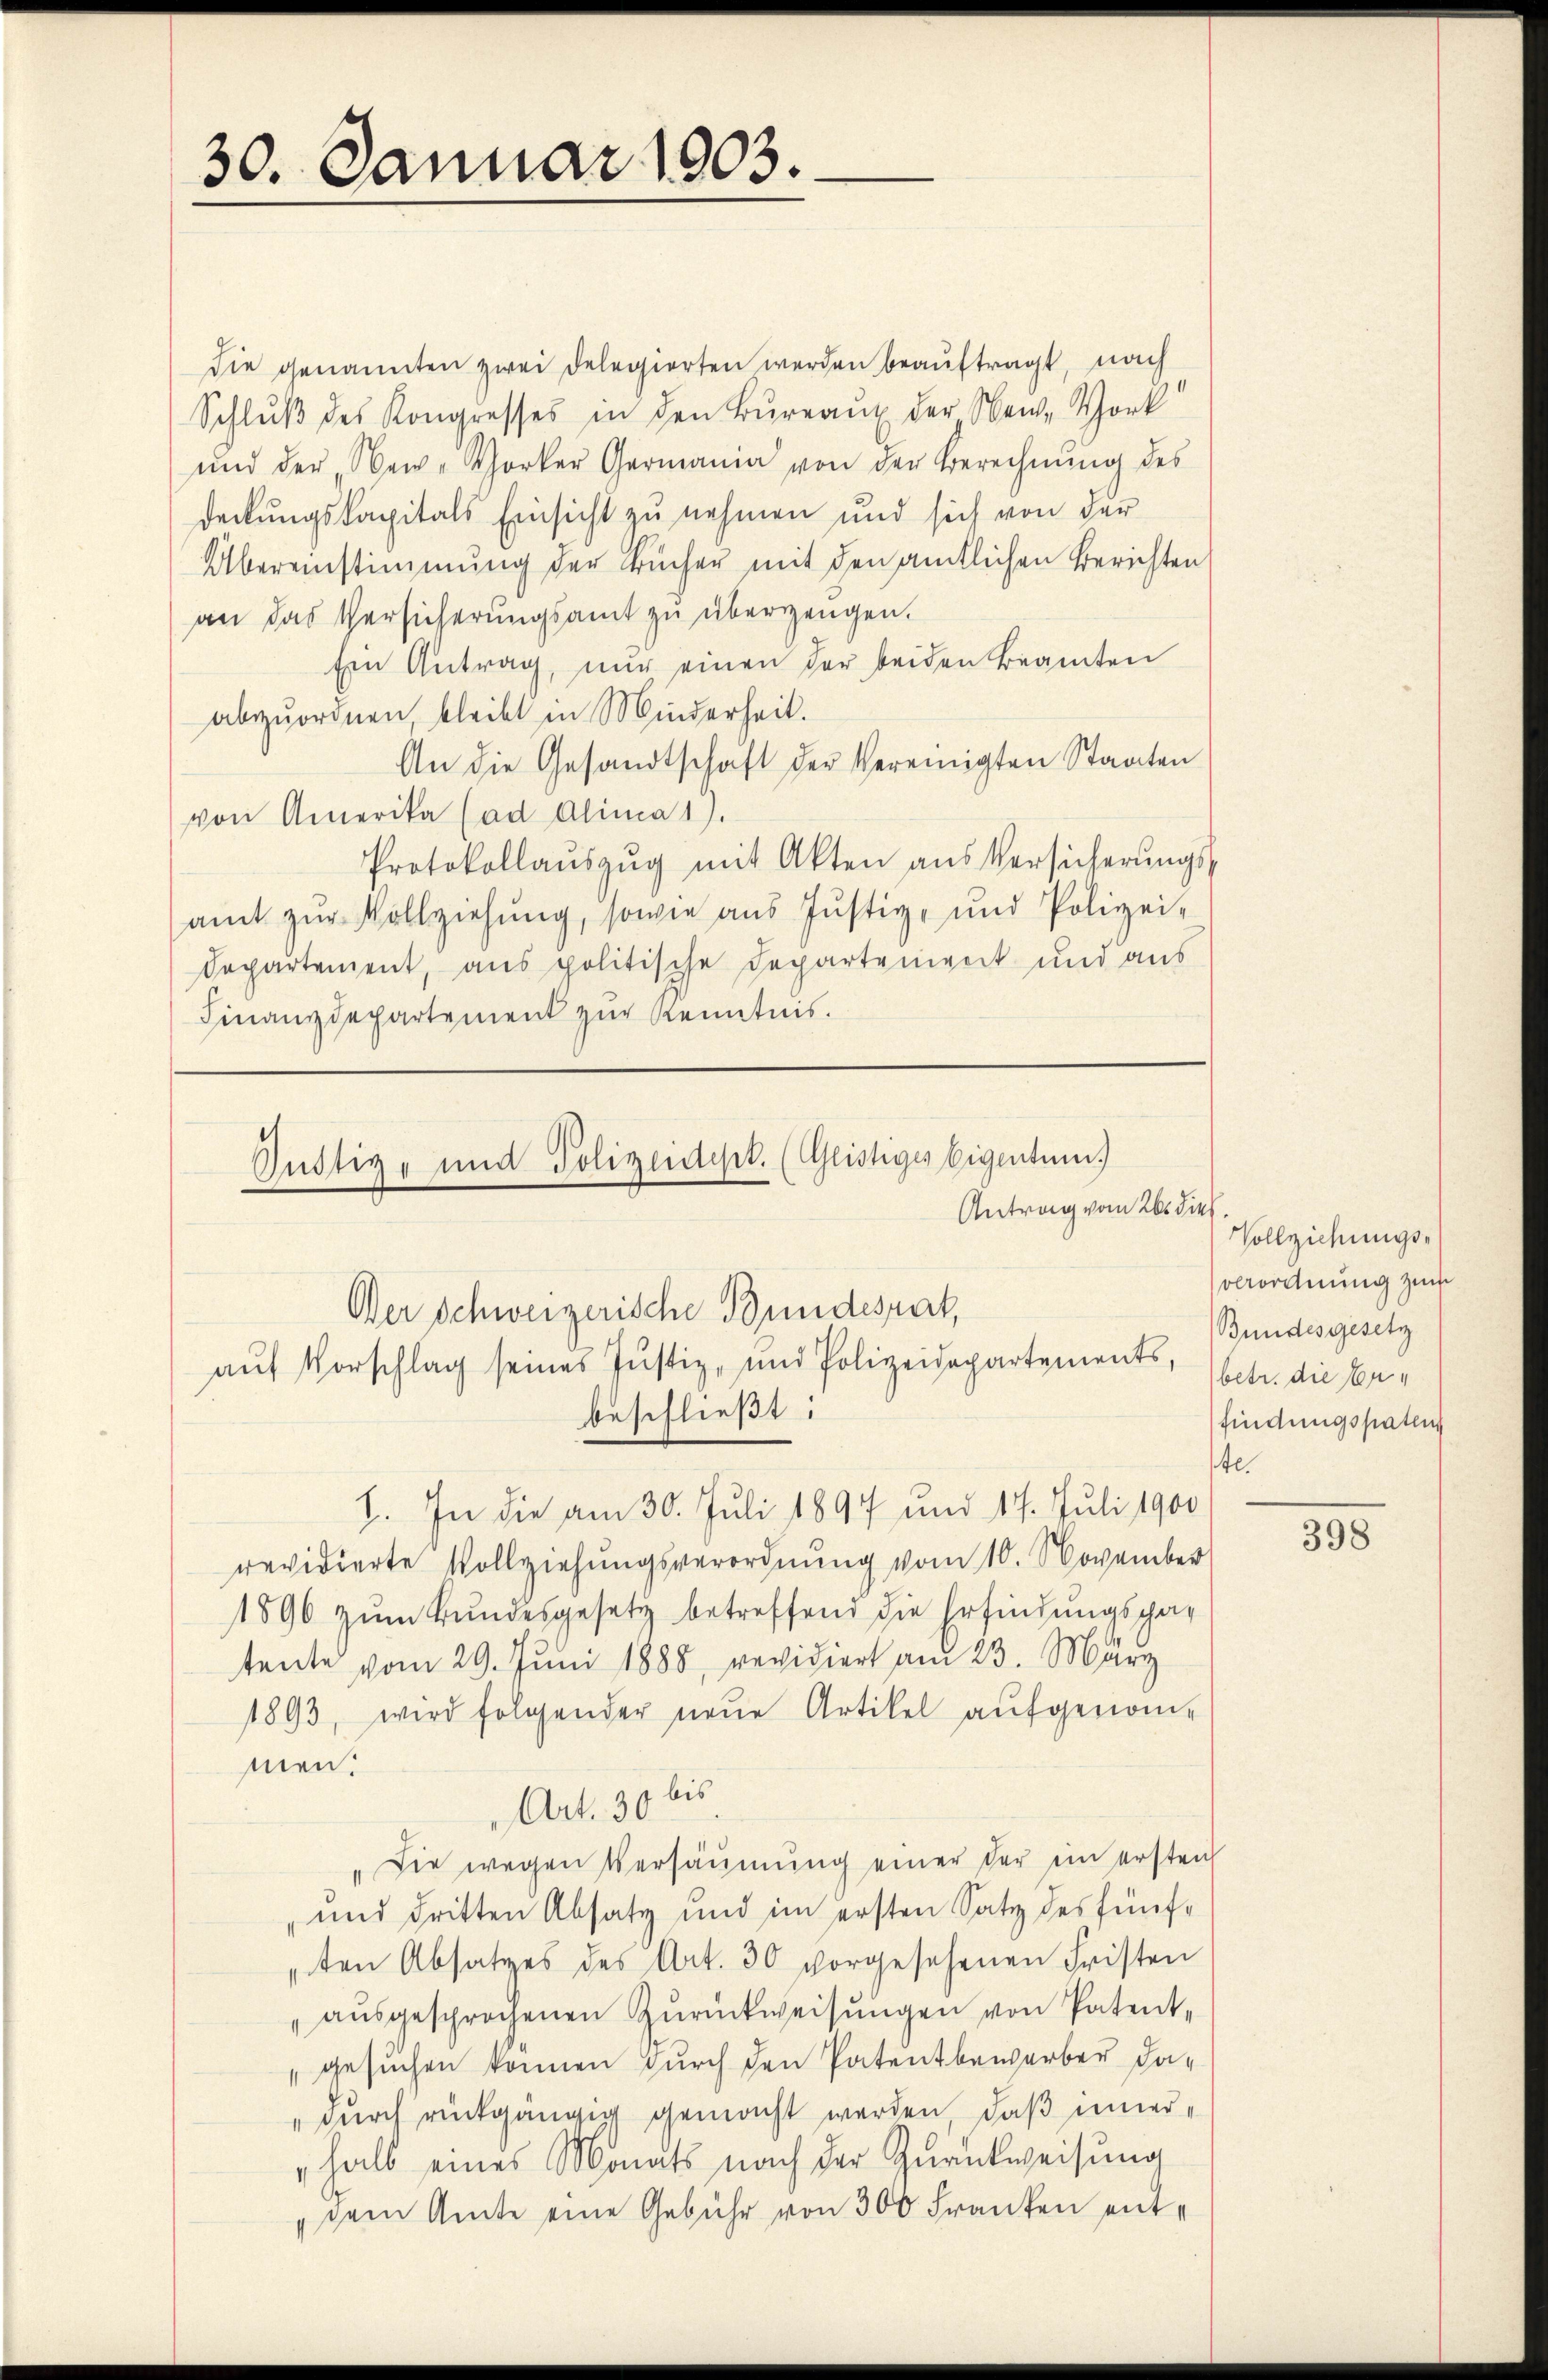
30. Januar 1903.

die genannten zwei delegierten werden beauftragt, nach
Schlŭβ des Kongresses in den Bureaux der New-York
und der New-Vorker Germann von der Berechnŭng des
deckungskapitals Einsicht zu nehmen und sich von der
Übereinstimmung der Bücher mit den amtlichen Berichten
an das Versicherungsamt zu überzeugen.
Ein Antrag, nur einen der beiden Beamten
abzuordnen bleibt in Minderheit.
An die Gesandtschaft der Vereinigten Staaten
von Amerika (ad Alina 1).
Protokollaŭszŭg mit Akten aus Versicherŭngs-
amt zŭr Vollziehŭng, sowie aus Justiz- und Polizei-
Departement, aus politische Departeniret und aus
Finanzdepartement zur Kenntnis.

beschließt:
I. In die am 30. Juli 1897 und 17. Juli 1900
revidierte Vollziehungsverordnung vom 10. November
1896 zŭm Bŭndesgesetz betreffend die Erfindungspar
tente vom 29. Juni 1888, revidiert am 23. März
1893, wird folgender neŭe Artikel aŭfgenom-
men.
bis
Art. 30
"Die wegen Versäumung einer der ein ersten
und dritten Absatz und im ersten Satz des fünften Absatzes des Art. 30 vorgesehenen Fristen
aŭsgesprochenen Zurückweisungen von Patent¬
"gesuchen können durch den Patentbewerber da¬
" durch rückgängig gemacht werden, daß innerhalb eines Monats nach der Zurückweisung
dem Amte eine Gebühr von 300 Franken ent¬

Gustiz- und Polizeidept. (Glistiges Eigentum.)
Der Schweizerische Bundesrat,
aŭf Vorschlag seines Justiz- und Polizeidepartements,

Antrag vom 26. dies

Vollziehungs-
verordnung zum
Bundesgesetz
betr. die Erfindungspaten
tl.

398